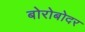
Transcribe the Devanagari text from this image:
बोरोबोदर